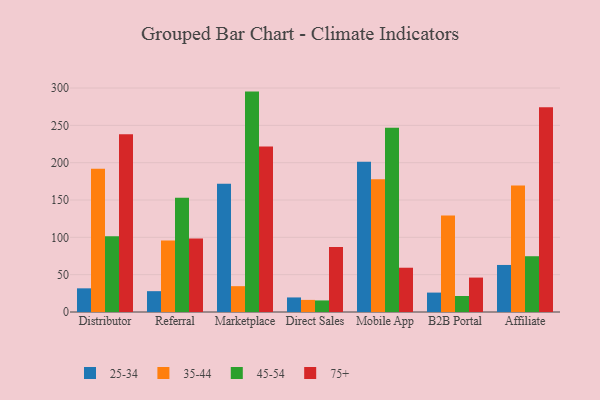
{"axis": {"x": "Channel", "y": "Humidity (%)"}, "legend": ["25-34", "35-44", "45-54", "75+"], "data": [{"x": "Distributor", "y": 31.7, "type": "25-34"}, {"x": "Distributor", "y": 192.0, "type": "35-44"}, {"x": "Distributor", "y": 101.4, "type": "45-54"}, {"x": "Distributor", "y": 238.1, "type": "75+"}, {"x": "Referral", "y": 27.9, "type": "25-34"}, {"x": "Referral", "y": 95.7, "type": "35-44"}, {"x": "Referral", "y": 152.9, "type": "45-54"}, {"x": "Referral", "y": 98.5, "type": "75+"}, {"x": "Marketplace", "y": 171.7, "type": "25-34"}, {"x": "Marketplace", "y": 34.6, "type": "35-44"}, {"x": "Marketplace", "y": 295.2, "type": "45-54"}, {"x": "Marketplace", "y": 221.6, "type": "75+"}, {"x": "Direct Sales", "y": 19.5, "type": "25-34"}, {"x": "Direct Sales", "y": 16.2, "type": "35-44"}, {"x": "Direct Sales", "y": 15.5, "type": "45-54"}, {"x": "Direct Sales", "y": 87.0, "type": "75+"}, {"x": "Mobile App", "y": 201.1, "type": "25-34"}, {"x": "Mobile App", "y": 177.9, "type": "35-44"}, {"x": "Mobile App", "y": 246.9, "type": "45-54"}, {"x": "Mobile App", "y": 59.3, "type": "75+"}, {"x": "B2B Portal", "y": 26.0, "type": "25-34"}, {"x": "B2B Portal", "y": 129.2, "type": "35-44"}, {"x": "B2B Portal", "y": 21.4, "type": "45-54"}, {"x": "B2B Portal", "y": 46.1, "type": "75+"}, {"x": "Affiliate", "y": 63.0, "type": "25-34"}, {"x": "Affiliate", "y": 169.3, "type": "35-44"}, {"x": "Affiliate", "y": 74.7, "type": "45-54"}, {"x": "Affiliate", "y": 274.3, "type": "75+"}]}